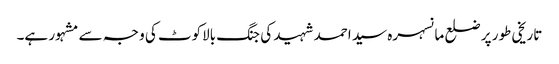
تاریخی طور پر ضلع مانسہرہ سید احمد شہید کی جنگ بالاکوٹ کی و جہ سے مشہور ہے۔